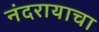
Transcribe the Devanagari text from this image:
नंदरायाचा